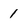
Character: 1